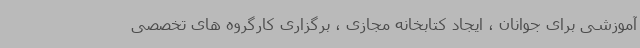
آموزشی برای جوانان ، ایجاد کتابخانه مجازی ، برگزاری کارگروه های تخصصی